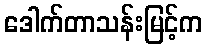
ဒေါက်တာသန်းမြင့်က